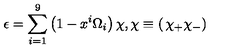
\epsilon = \sum _ { i = 1 } ^ { 9 } \left( 1 - x ^ { i } \Omega _ { i } \right) \chi , \chi \equiv \left( \begin{matrix} { \chi _ { + } } \\ { \chi _ { - } } \\ \end{matrix} \right)